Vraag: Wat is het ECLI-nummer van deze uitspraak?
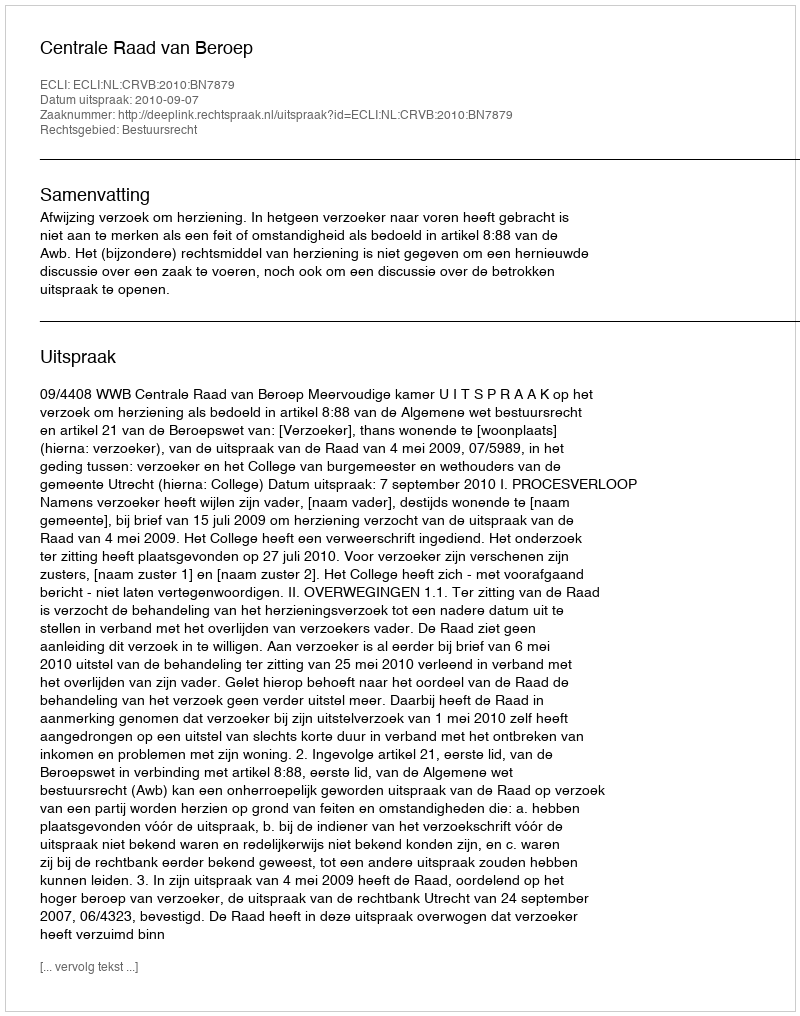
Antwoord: ECLI:NL:CRVB:2010:BN7879